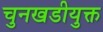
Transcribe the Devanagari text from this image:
चुनखडीयुक्त